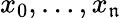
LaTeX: x_{0},\ldots,x_{\mathfrak{n}}\,